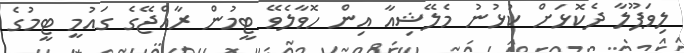
ލިވަޕޫލާ ދެކޮޅަށް ކުޅުނު މެލޭޝިއާ އިން ހޮވާލެވޭ ޓީމުން ރާއްޖޭގެ ގައުމީ ޓީމުގެ